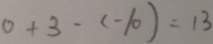
0 + 3 - ( - 1 0 ) = 1 3